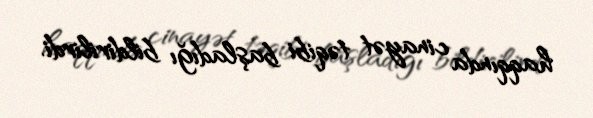
haqqında cinayət təqibi başladığı bildirilirdi.